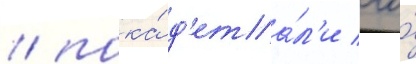
/ пока́ д'ета́л'и его́